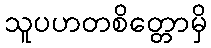
သူပဟတစိတ္တောမှိ